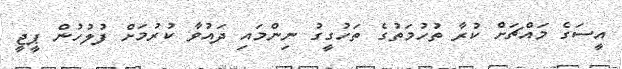
އީސަގެ މައްޗަށް ކުރާ ތުހުމަތުގެ ތަހުގީގު ނިންމައި ދައުވާ ކުރުމަށް ފުލުހުން ޕީޖީ